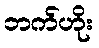
ဘက်ဟိုး